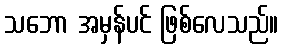
သဘော အမှန်ပင် ဖြစ်လေသည်။